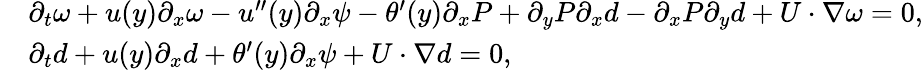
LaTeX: \begin{array}{rl}&{\partial_{t}\omega+u(y)\partial_{x}\omega-u^{\prime\prime}(y)\partial_{x}\psi-\theta^{\prime}(y)\partial_{x}P+\partial_{y}P\partial_{x}d-\partial_{x}P\partial_{y}d+U\cdot\nabla\omega=0,}\\ &{\partial_{t}d+u(y)\partial_{x}d+\theta^{\prime}(y)\partial_{x}\psi+U\cdot\nabla d=0,}\end{array}